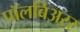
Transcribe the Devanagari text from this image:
पॉलबिअरर